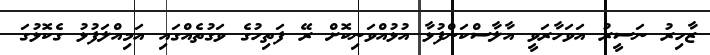
ޒާހިރު ނަސީރު އަވަހާރަވީ އާލާސްކަންފުޅާ އުޅުއްވަނިކޮށް ރޭ ފަތިހުގެ ވަގުތެއްގައި އަމިއްލަފުޅު ގެކޮޅުގަ